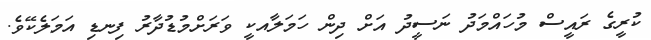
ކުރީގެ ރައީސް މުހައްމަދު ނަސީދު އަށް ދިން ހަމަލާއކީ ވަރަށްމުޑުދާރު ފިނޑި އަމަލެކޭވެ.